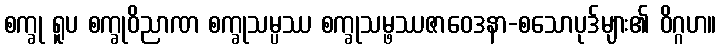
စက္ခု ရူပ စက္ခုဝိညာဏ စက္ခုသမ္ပဿ စက္ခုသမ္ဖဿဇာဝေဒနာ-စသောပုဒ်များ၏ ဝိဂ္ဂဟ။